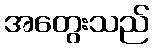
အတွေးသည်